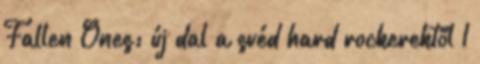
Fallen Ones: új dal a svéd hard rockerektől 1